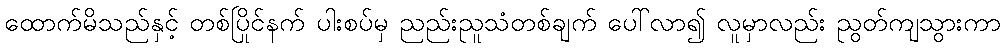
ထောက်မိသည်နှင့် တစ်ပြိုင်နက် ပါးစပ်မှ ညည်းညူသံတစ်ချက် ပေါ်လာ၍ လူမှာလည်း ညွတ်ကျသွားကာ